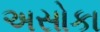
અસોકા